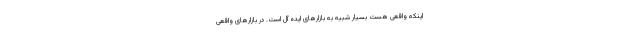
اینکه واقعی هست بسیار شبیه به بازارهای ایده آل است. در بازارهای واقعی